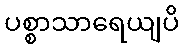
ပစ္စာသာရေယျပိ